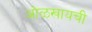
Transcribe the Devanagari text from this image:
ओळखायची